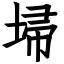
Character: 埽